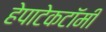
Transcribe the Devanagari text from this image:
हेपाटेकटॉमी